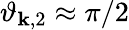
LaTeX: \vartheta_{\mathbf{k},2}\approx\pi/2